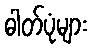
ဓါတ်ပုံများ